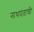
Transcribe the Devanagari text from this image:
नाथपंताची